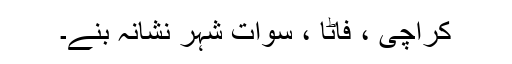
کراچی ، فاٹا ، سوات شہر نشانہ بنے۔